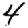
Digit: 4